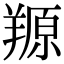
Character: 羱